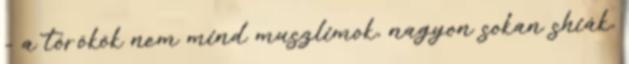
- a törökök nem mind muszlimok, nagyon sokan shiák,